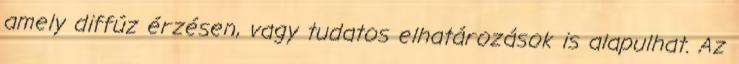
amely diffúz érzésen, vagy tudatos elhatározások is alapulhat. Az